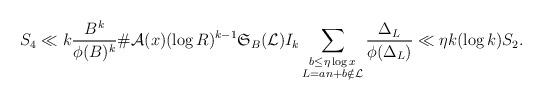
LaTeX: \begin{align*}S_4\ll k\frac{B^k}{\phi(B)^k}\#\mathcal{A}(x)(\log{R})^{k-1}\mathfrak{S}_B(\mathcal{L})I_k\sum_{\substack{b\le \eta\log{x}\\ L=an+b\notin\mathcal{L}}}\frac{\Delta_L}{\phi(\Delta_L)}\ll \eta k(\log{k})S_2.\end{align*}